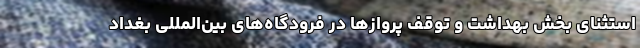
استثنای بخش بهداشت و توقف پروازها در فرودگاه‌های بین‌المللی بغداد